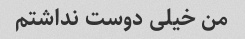
من خیلی دوست نداشتم